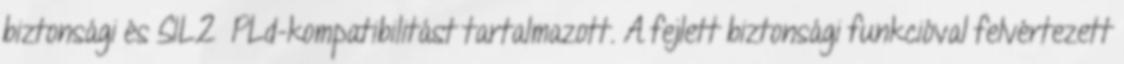
biztonsági és SIL2 PLd-kompatibilitást tartalmazott. A fejlett biztonsági funkcióval felvértezett